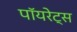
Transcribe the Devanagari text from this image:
पॉयरेट्स